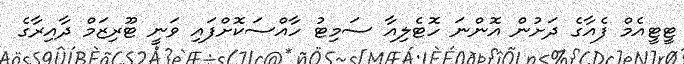
ޓީޓީއެމް ފެއާގެ ދަށުން އޮންނަ ހޮޓެލިއާ ސަމިޓު ހާއްސަކޮށްފައި ވަނީ ޓޫރިޒަމް ދާއިރާގެ